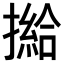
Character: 𢵰